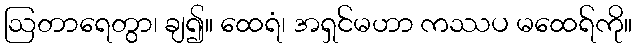
ဩတာရေတွာ၊ ချ၍။ ထေရံ၊ အရှင်မဟာ ကဿပ မထေရ်ကို။